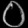
Digit: ၀